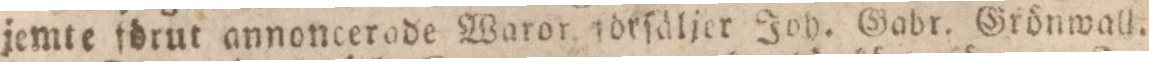
jemte förut annoncerade Waror förſäljer Joh. Gabr. Grönwall.